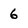
Character: 6